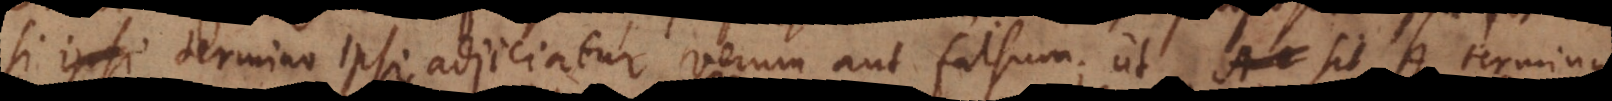
s si termino ipsi adjiciatur verum aut falsum; ut sit A terminus,